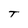
Character: t